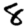
Digit: 8